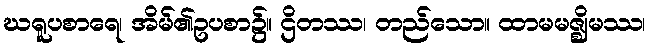
ဃရူပစာရေ၊ အိမ်၏ဥပစာ၌။ ဌိတဿ၊ တည်သော။ ထာမမဇ္ဈိမဿ၊